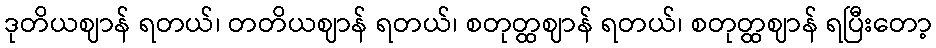
ဒုတိယဈာန် ရတယ်၊ တတိယဈာန် ရတယ်၊ စတုတ္ထဈာန် ရတယ်၊ စတုတ္ထဈာန် ရပြီးတော့